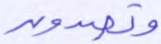
وتصدون